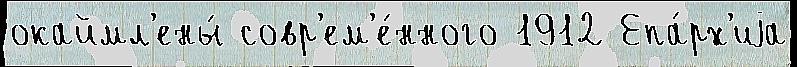
окаймл'ены́ совр'ем'е́нного 1912 Епа́рх'иjа